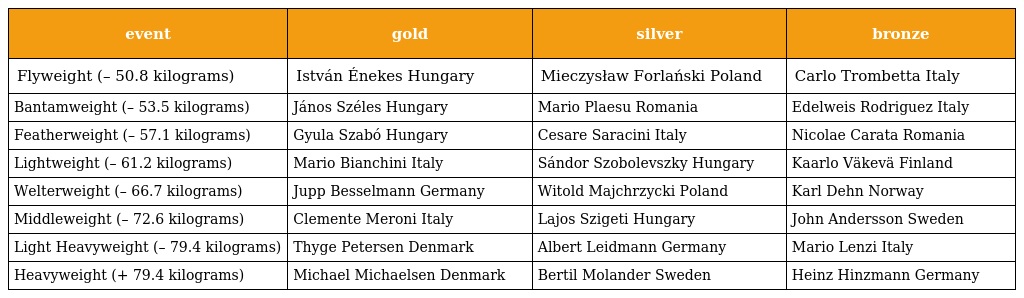
| event | gold | silver | bronze |
 | --- | --- | --- | --- |
 | Flyweight (– 50.8 kilograms) | István Énekes Hungary | Mieczysław Forlański Poland | Carlo Trombetta Italy |
 | Bantamweight (– 53.5 kilograms) | János Széles Hungary | Mario Plaesu Romania | Edelweis Rodriguez Italy |
 | Featherweight (– 57.1 kilograms) | Gyula Szabó Hungary | Cesare Saracini Italy | Nicolae Carata Romania |
 | Lightweight (– 61.2 kilograms) | Mario Bianchini Italy | Sándor Szobolevszky Hungary | Kaarlo Väkevä Finland |
 | Welterweight (– 66.7 kilograms) | Jupp Besselmann Germany | Witold Majchrzycki Poland | Karl Dehn Norway |
 | Middleweight (– 72.6 kilograms) | Clemente Meroni Italy | Lajos Szigeti Hungary | John Andersson Sweden |
 | Light Heavyweight (– 79.4 kilograms) | Thyge Petersen Denmark | Albert Leidmann Germany | Mario Lenzi Italy |
 | Heavyweight (+ 79.4 kilograms) | Michael Michaelsen Denmark | Bertil Molander Sweden | Heinz Hinzmann Germany |